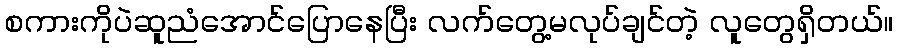
စကားကိုပဲဆူညံအောင်ပြောနေပြီး လက်တွေ့မလုပ်ချင်တဲ့ လူတွေရှိတယ်။